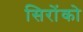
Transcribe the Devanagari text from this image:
सिरोंको